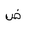
Letter: _dad